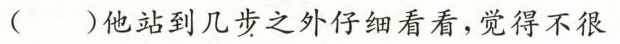
()他站到几步之外仔细看看，觉得不很